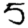
Digit: 5